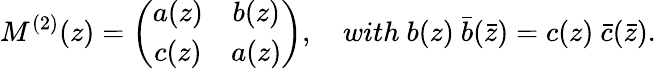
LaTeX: M^{(2)}(z)=\left(\begin{array}{cc}{{a(z)}}&{{b(z)}}\\ {{c(z)}}&{{a(z)}}\end{array}\right),\quad with\ b(z)\ \bar{b}(\bar{z})=c(z)\ \bar{c}(\bar{z}).